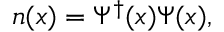
n ( x ) = \Psi ^ { \dagger } ( x ) \Psi ( x ) ,